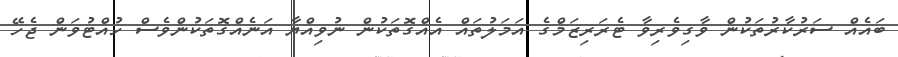
ބައެއް ސަރުކާރުތަކުން ވާގިވެރިވާ ޓެރަރިޒަމްގެ އަމަލުތައް އެެއްގޮތަކުން ނުވިއްޔާ އަނެއްގޮތަކުންވެސް ހުއްޓުވަން ޖެހޭ